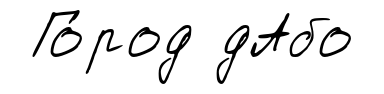
Го́род дАбо